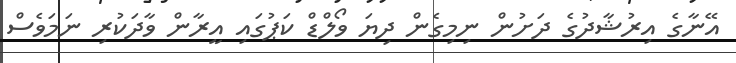
އޭނާގެ އިރުޝާދުގެ ދަށުން ނިމިގެން ދިޔަ ވޯލްޑް ކަޕުގައި އީރާން ވާދަކުރި ނަމަވެސް